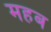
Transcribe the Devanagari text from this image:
महब